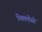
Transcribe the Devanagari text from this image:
निक्क्योसो